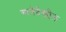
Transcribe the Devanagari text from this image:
गाणेदेखील